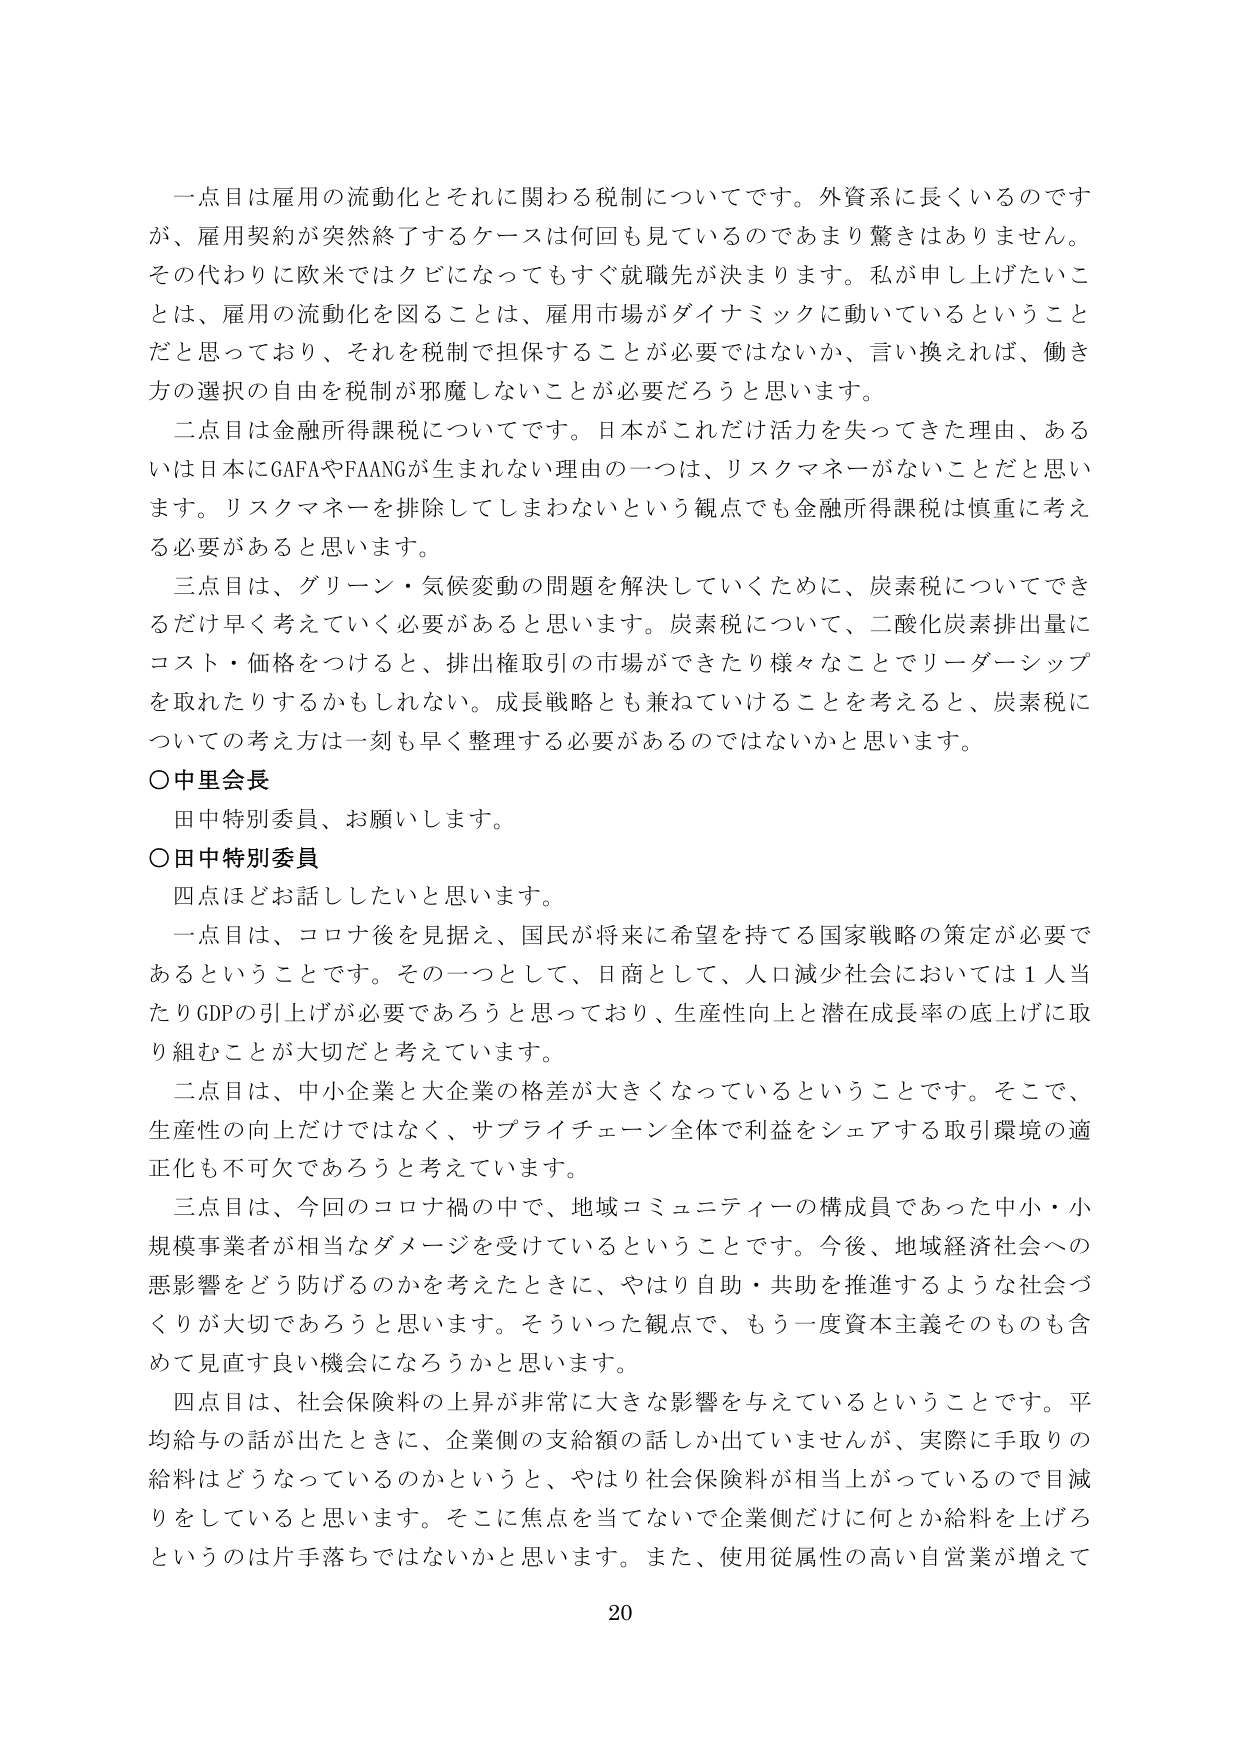
一点目は雇用の流動化とそれに関わる税制についてです。外資系に長くいるのですが、雇用契約が突然終了するケースは何回も見ているのであまり驚きはありません。その代わりに欧米ではクビになってもすぐ就職先が決まります。私が申し上げたいことは、雇用の流動化を図ることは、雇用市場がダイナミックに動いているということだと思っており、それを税制で担保することが必要ではないか、言い換えれば、働き方の選択の自由を税制が邪魔しないことが必要だろうと思います。

二点目は金融所得課税についてです。日本がこれだけ活力を失ってきた理由、あるいは日本にGAFAやFAANGが生まれない理由の一つは、リスクマネーがないことだと思います。リスクマネーを排除してしまわないという観点でも金融所得課税は慎重に考える必要があると思います。

三点目は、グリーン・気候変動の問題を解決していくために、炭素税についてできるだけ早く考えていく必要があると思います。炭素税について、二酸化炭素排出量にコスト・価格をつけると、排出権取引の市場ができたり様々なことでリーダーシップを取れたりするかもしれない。成長戦略とも兼ねていけることを考えると、炭素税についての考え方は一刻も早く整理する必要があるのではないかと思います。

○中里会長
田中特別委員、お願いします。

○田中特別委員
四点ほどお話したいと思います。

一点目は、コロナ後を見据え、国民が将来に希望を持てる国家戦略の策定が必要であるということです。その一つとして、日商として、人口減少社会においては1人当たりGDPの引上げが必要であろうと思っており、生産性向上と潜在成長率の底上げに取り組むことが大切だと考えています。

二点目は、中小企業と大企業の格差が大きくなっているということです。そこで、生産性の向上だけではなく、サプライチェーン全体で利益をシェアする取引環境の適正化も不可欠であろうと考えています。

三点目は、今回のコロナ禍の中で、地域コミュニティの構成員であった中小・小規模事業者が相当なダメージを受けているということです。今後、地域経済社会への悪影響をどう防げるのかを考えたときに、やはり自助・共助を推進するような社会づくりが大切であろうと思います。そういった観点で、もう一度資本主義そのものも含めて見直す良い機会になろうかと思います。

四点目は、社会保険料の上昇が非常に大きな影響を与えているということです。平均給与の話が出たときに、企業側の支給額の話しか出ていませんが、実際に手取りの給料はどうなっているのかというと、やはり社会保険料が相当上がっているので目減りをしていると思います。そこに焦点を当てないで企業側だけに何とか給料を上げろというのは片手落ちではないかと思います。また、使用従属性の高い自営業が増えて

20